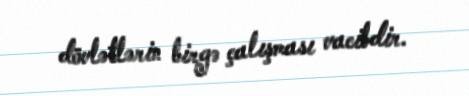
dövlətlərin birgə çalışması vacibdir.